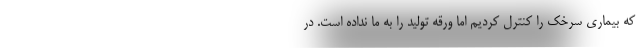
که بیماری سرخک را کنترل کردیم اما ورقه تولید را به ما نداده است. در